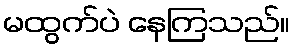
မထွက်ပဲ နေကြသည်။